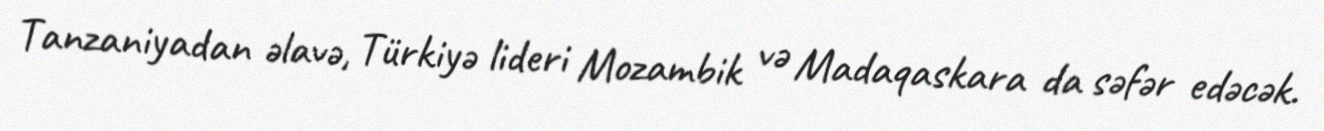
Tanzaniyadan əlavə, Türkiyə lideri Mozambik və Madaqaskara da səfər edəcək.